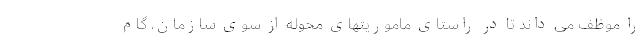
را موظف می داند تا در راستای ماموریتهای محوله از سوی سازمان، گام